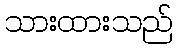
သားထားသည်